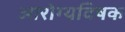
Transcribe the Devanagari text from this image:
आरोग्यविषक